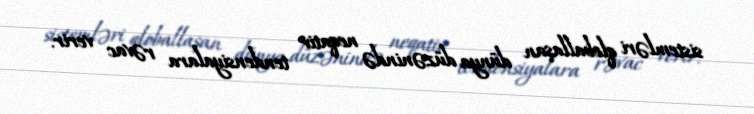
sistemləri qloballaşan dünya düzənində neqativ tendensiyalara rəvac verir.